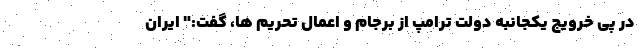
در پی خرویج یکجانبه دولت ترامپ از برجام و اعمال تحریم ها، گفت:" ایران